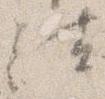
法